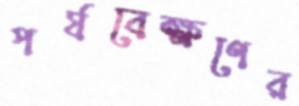
পর্যবেক্ষণের